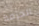
الحزمة